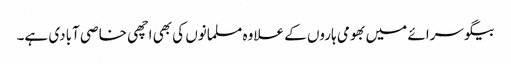
بیگو سرائے میں بھومی ہاروں کے علاوہ مسلمانوں کی بھی اچھی خاصی آبادی ہے۔